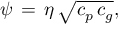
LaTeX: \psi \, = \, \eta \, { \sqrt { c _ { p } \, c _ { g } } } ,